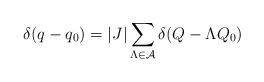
LaTeX: \begin{align*}\delta (q-q_0) = \vert J \vert \sum _{\Lambda \in {\cal A}} \delta (Q-\Lambda Q_0) \end{align*}